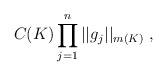
\begin{align*}C(K) \prod_{j=1}^n ||g_j||_{m(K)}\ ,\end{align*}